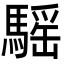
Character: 𩥣